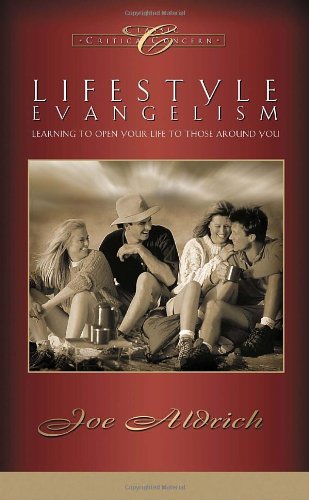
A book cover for Lifestyle Evangelism: Learning to Open Your Life to Those Around You; Dr. Joe Aldrich; Christian Books & Bibles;